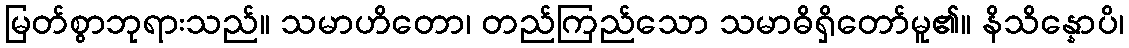
မြတ်စွာဘုရားသည်။ သမာဟိတော၊ တည်ကြည်သော သမာဓိရှိတော်မူ၏။ နိသိန္နောပိ၊